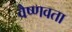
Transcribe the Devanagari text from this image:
वैष्णवता